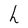
Character: h